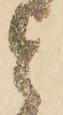
と